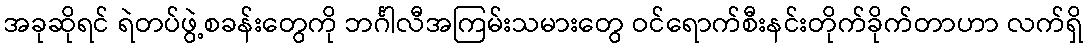
အခုဆိုရင် ရဲတပ်ဖွဲ့စခန်းတွေကို ဘင်္ဂါလီအကြမ်းသမားတွေ ဝင်ရောက်စီးနင်းတိုက်ခိုက်တာဟာ လက်ရှိ